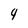
Character: 4